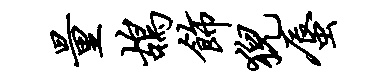
量鸪饰猊蜃